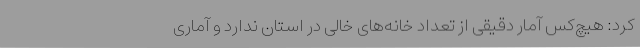
کرد: هیچ‌کس آمار دقیقی از تعداد خانه‌های خالی در استان ندارد و آماری